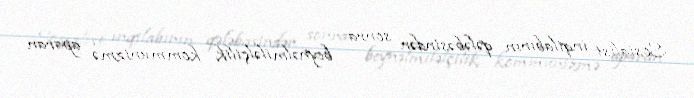
Sosialist inqilabının qələbəsindən sonra beynəlmiləlçilik kommunizmə aparan